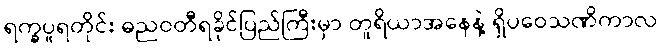
ရက္ခပူရတိုင်း ဓညဝတီရခိုင်ပြည်ကြီးမှာ တူရိယာအနေနဲ့ ရှိပဝေသဏိကာလ